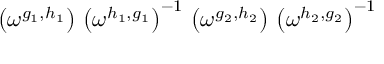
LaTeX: \left( \omega ^ { g _ { 1 } , h _ { 1 } } \right) \, \left( \omega ^ { h _ { 1 } , g _ { 1 } } \right) ^ { - 1 } \, \left( \omega ^ { g _ { 2 } , h _ { 2 } } \right) \, \left( \omega ^ { h _ { 2 } , g _ { 2 } } \right) ^ { - 1 }